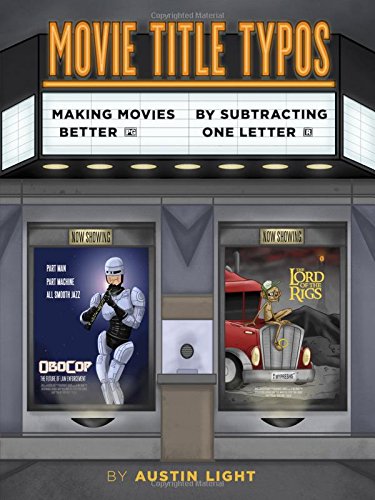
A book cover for Movie Title Typos: Making Movies Better by Subtracting One Letter; Austin Light; Humor & Entertainment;